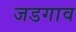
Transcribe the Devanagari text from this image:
जडगाव